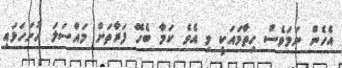
އެހެން ނަމަވެސް ހިތާމައަކީ މި އެވެ ކަމާ ބެހޭ ފަރާތަށް މައްސަލަ ހުށަހަޅައި